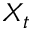
X _ { t }